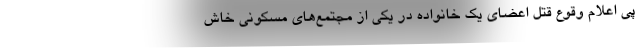
پی اعلام وقوع قتل اعضای یک خانواده در یکی از مجتمع‌های مسکونی خاش